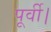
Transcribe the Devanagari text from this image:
पूर्वी।